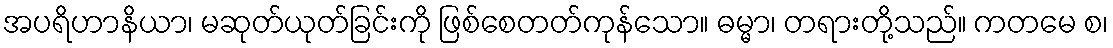
အပရိဟာနိယာ၊ မဆုတ်ယုတ်ခြင်းကို ဖြစ်စေတတ်ကုန်သော။ ဓမ္မာ၊ တရားတို့သည်။ ကတမေ စ၊